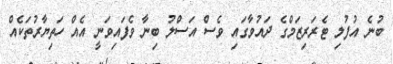
ބުނެ އުފުލި ޓެރަރިޒަމްގެ ދައުވާގައި ވެސް އަސްލު ބިނާ ވެފައިވަނީ އެއް ހަތިޔާރުތަކެއް